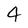
Character: 4